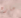
جاره